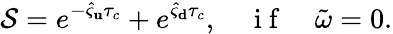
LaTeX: \mathcal{S}=e^{-\hat{\varsigma}_{\mathbf u}\tau_{c}}+e^{\hat{\varsigma}_{\mathbf d}\tau_{c}},\quad\mathrm{~i~f~}\quad\tilde{\omega}=0.